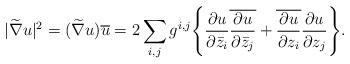
LaTeX: \begin{align*}|\widetilde{\nabla}u|^2=(\widetilde{\nabla}u) \overline{u}=2\sum_{i,j} g^{i,j}\Bigg\{\frac{\partial u}{\partial \bar{z}_i} \overline{\frac{\partial u}{\partial \bar{z}_j}}+\overline{\frac{\partial u}{\partial z_i}} \frac{\partial u}{\partial z_j} \Bigg\}.\end{align*}